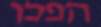
הפכו